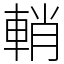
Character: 輎